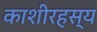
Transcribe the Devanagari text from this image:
काशीरहस्य